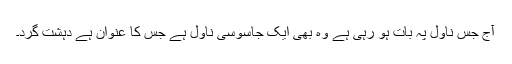
آج جس ناول پہ بات ہو رہی ہے وہ بھی ایک جاسوسی ناول ہے جس کا عنوان ہے دہشت گرد۔